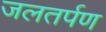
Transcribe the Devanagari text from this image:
जलतर्पण